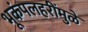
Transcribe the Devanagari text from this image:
भूकंपलहरींमुळे